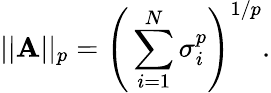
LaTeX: \vert\vert\mathbf{A}\vert\vert_{p}=\Bigg(\sum_{i=1}^{N}\sigma_{i}^{p}\Bigg)^{1/p}.